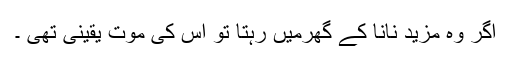
اگر وہ مزید نانا کے گھرمیں رہتا تو اس کی موت یقینی تھی ۔